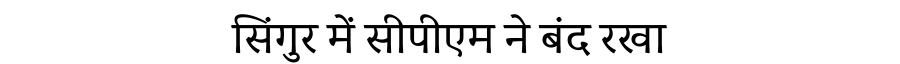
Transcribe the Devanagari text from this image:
सिंगुर में सीपीएम ने बंद रखा